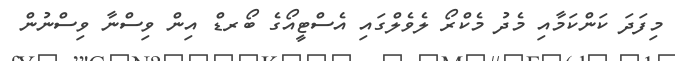
މިފަދަ ކަންކަމާއި މެދު މެކްރޯ ލެވެލްގައި އެސްޓީއޯގެ ބޯރޑް އިން ވިސްނާ ވިސްނުން